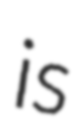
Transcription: is